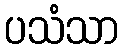
ပသံသာ